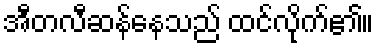
အီတလီဆန်နေသည် ထင်လိုက်၏။